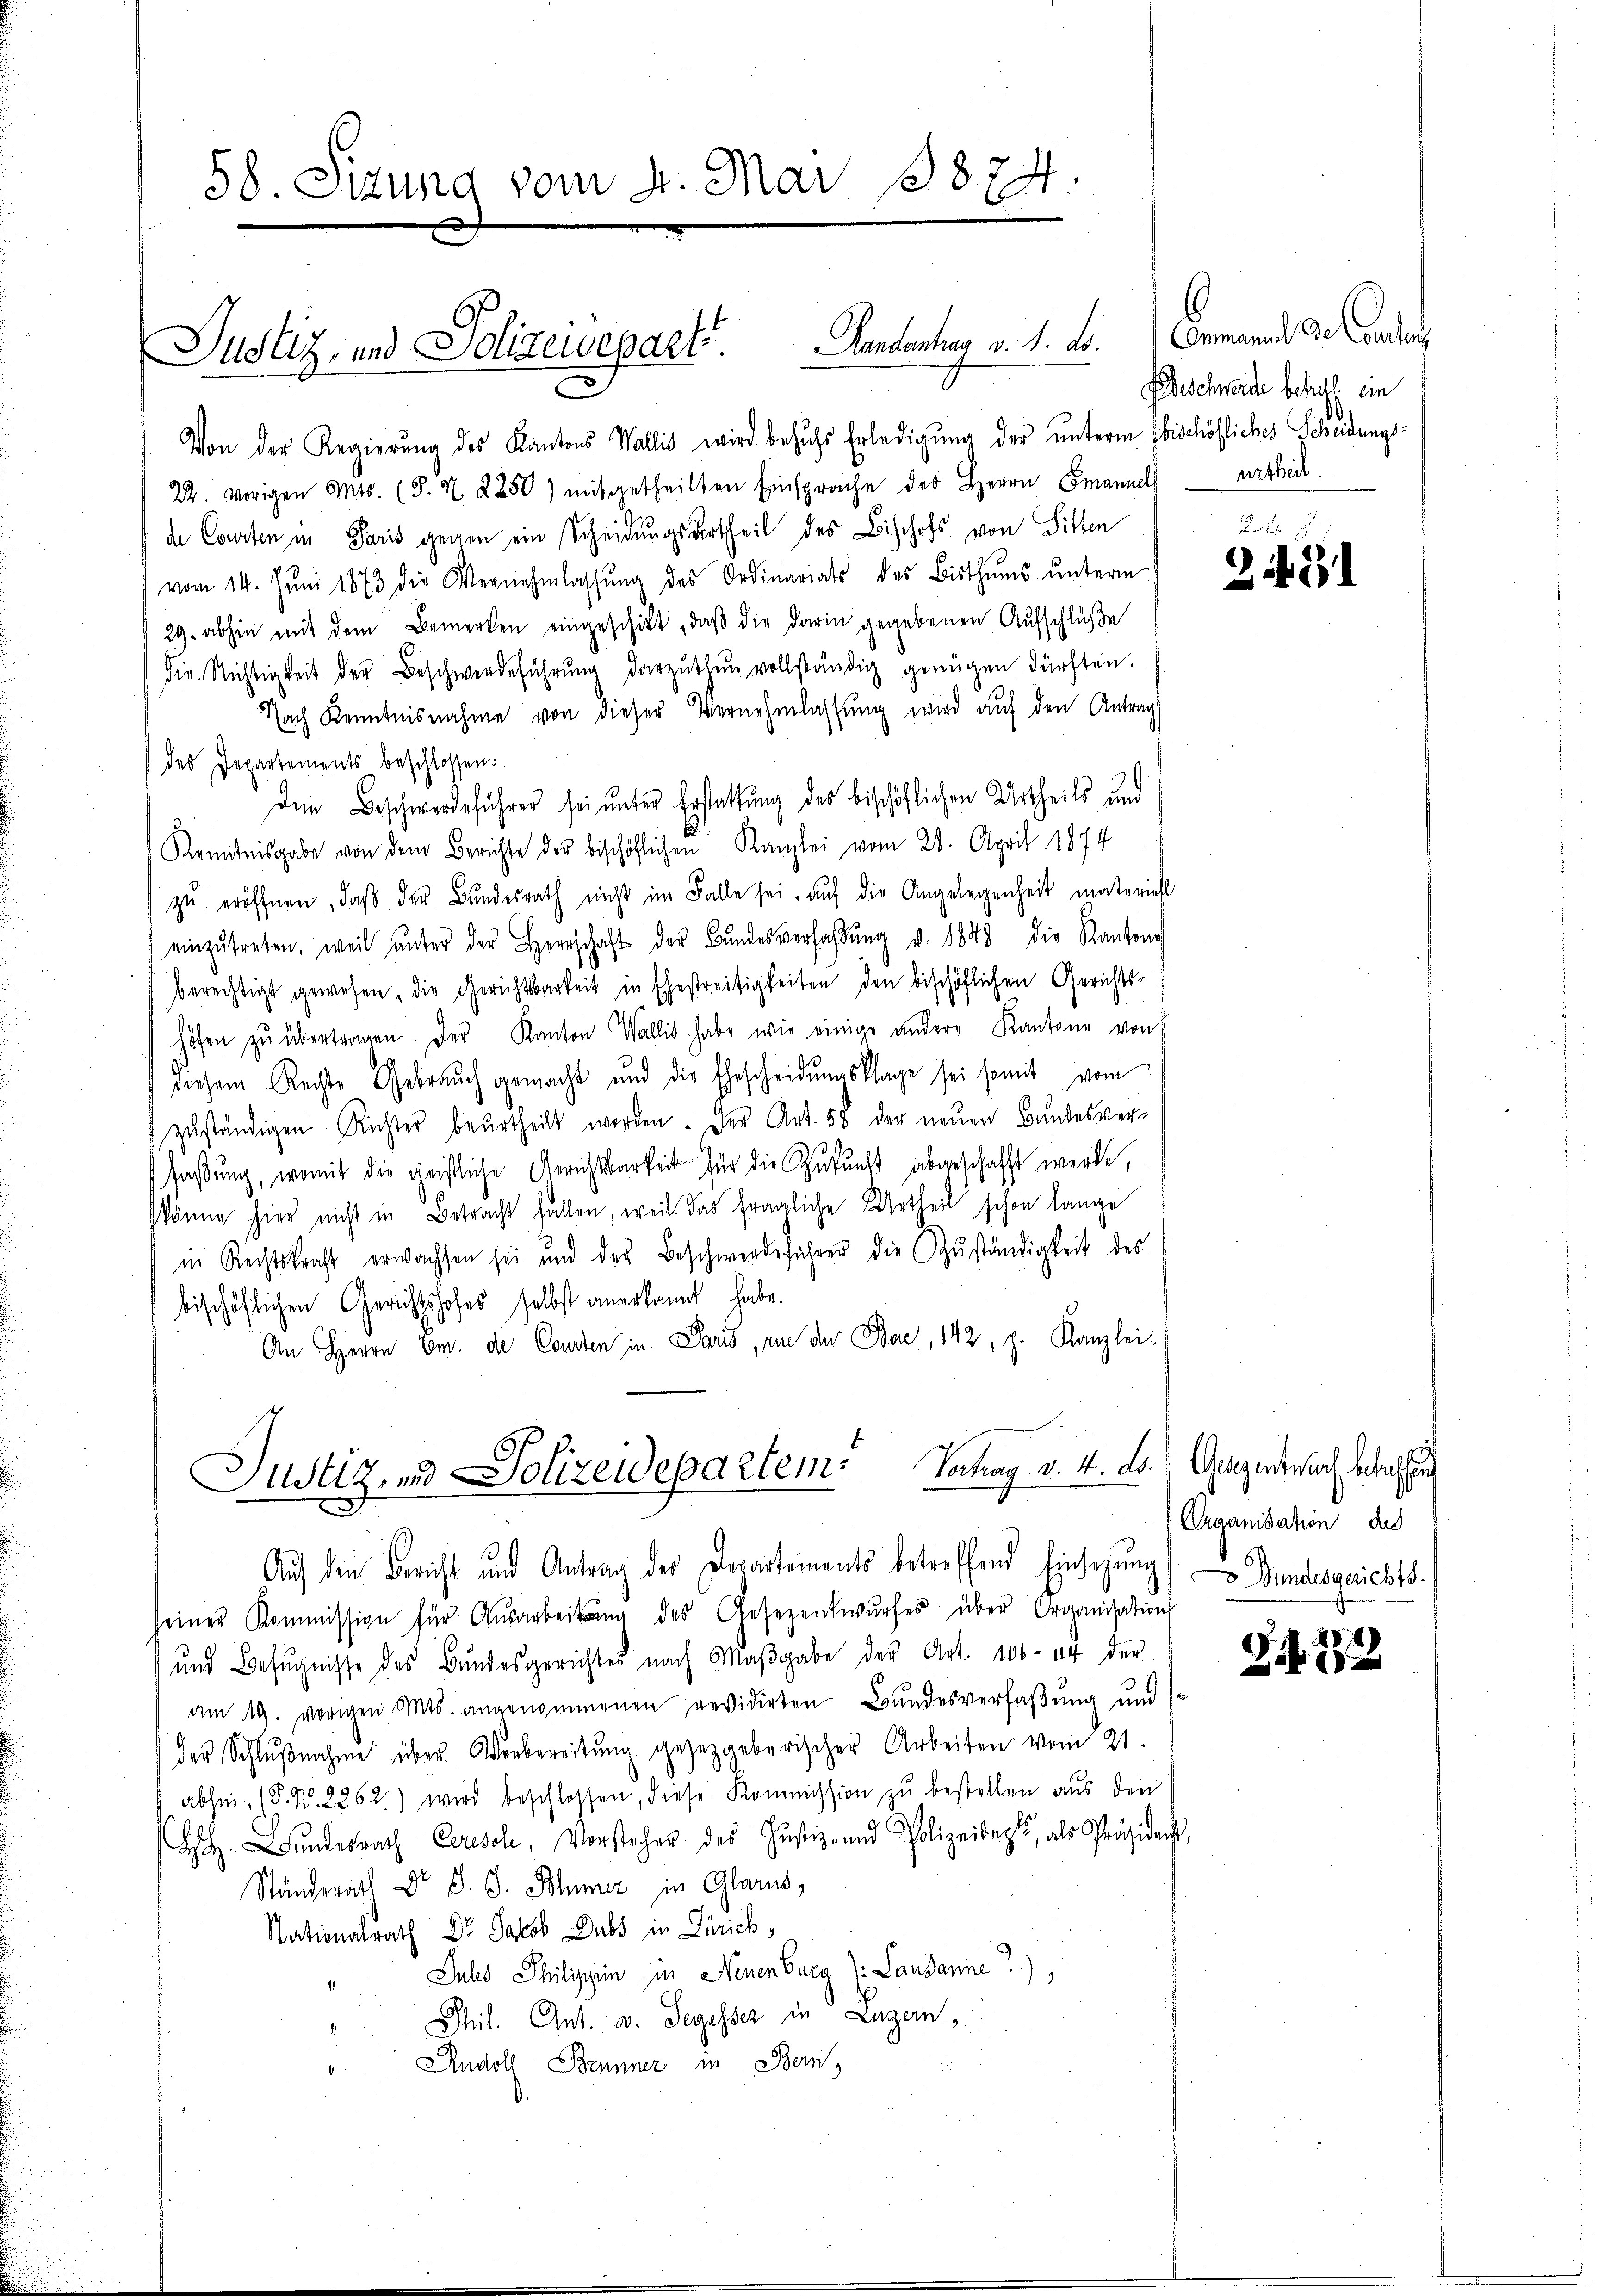
58. Sizung vom 4. Mai 18874.

Justiz, und Polizeidepart. Landantrag v. M. D.

Von der Regierŭng des Kantons Wallis wird behŭfs Erledigung der unterm bischöfliches Scheidungs¬
22. vorigen Mts. (S. X. 2250) mitgetheilten Einsprache des Herrn Emanuels urtheil.
de Courten in Paris gegen ein Scheidungsurtheil des Bischofs von Sitten
vom 14. Jŭni 1873 die Vernehmlassŭng des Ordinariats des Bisthums unterm
29. abhin mit dem Bemerken eingeschikt, daβ die darin gegebenen Aŭfschlüβe
die Nichtigkeit der Beschwerdeführŭng darzuthun vollständig genügen dürften.
Nach Kenntnisnahme von dieser Vernehmlassung wird auf den Antrag
des Departements beschlossen:
Dem Beschwerdeführer sei unter Erstattung des bischöflichen Urtheils und
Kenntnisgabe von dem Berichte der bischöflichen Kanzlei vom 28. April 1874
zŭ eröffnen, daβ der Bundesrath nicht im Falle sei, aŭf die Angelegenheit materiehl
einzŭtreten, weil ŭnter der Herrschaft der Bŭndesverhaβŭng v. 1848 die Kantone
berechtigt gewesen, die Gerichtsbarkeit in Ehestreitigkeiten den bischöflichen Gerichts-
höfen zŭ übertragen. Der Kanton Wallis habe wie einige andere Kantone von
diesem Rechte Gebrauch gemacht und die Ehescheidŭngsklage sei somit vom
zŭständigen Richter beurtheilt werden. Der Art. 58 der neuen Bundesver-
faßung, womit die geistliche Gerichtsbarkeit für die Zukunft abgeschafft werde,
könne hier nicht in Betracht fallen, weil das fragliche Urtheil schon lange
in Rechtskraft erwachsen sei und der Beschwerdeführer die Zŭständigkeit des
bischöflichen Gerichtshofes selbst anerkannt habe.
An Herrn Cm. die Courten in Paris, an der Ber, 142, z. Kanzlei.

Justiz, und Polizeidepartem Vertrag v. 4. Fr. Gegendenbach betrachen
Auf den Bericht und Antrag der Departements betreffend Einsezung
seiner Kommission für Ausarbeitung des Gesezentwŭrfes über Organisation

und Befugnisse des Bundesgerichtes nach Maβgabe der Art. 100. er der
am 19. vorigen Mts. angenommenen revidirten Bŭndesverfaßung und
der Schlŭβnahme über Vorbereitung gezeigeberischer Arbeiten vom 21.
abhin (§. N. 2262.) wird beschlossen, diese Kommission zu bestellen aus den
Hŭndesrath Ceresol, Vorstehen des Justiz- und Polizeidept, als Präsidacht,
Ständerath Dr B. G. Schmer in Glarus,
Nationalrath Dr Jakob Dubs in Zürich,
Jules Philischein in Neuenburg (: Lausanne),
Phil. Ant. v. Segesser in Luzern,
Rudolf Brunner in Bern,

6
Conmanns de Cantons
Beschwerde behall ein

Rak
221

Craanisation das
 Wundesgerichts.

28
Zif. 1